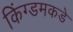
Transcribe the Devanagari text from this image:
किंग्डमकडे